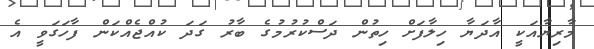
މާރިޔާއަކީ އާދަޔާ ހިލާފަށް ހިތުން ދަސްކުރުމުގެ ބާރު ގަދަ ކުއްޖެއްކަން ފާހަގަވީ އެ